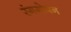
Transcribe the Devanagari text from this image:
रंगगोपन